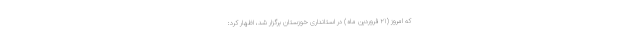
که امروز (۲۱ فروردین ماه) در استانداری خوزستان برگزار شد، اظهار کرد: